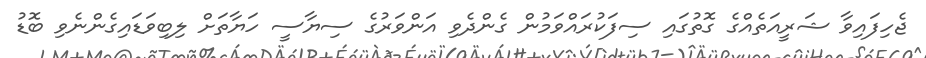
ޖެހިފައިވާ ޝަރީއަތެއްގެ ގޮތުގައި ސިފަކުރައްވަމުން ގެންދެވި އަންވަރުގެ ސިޔާސީ ހަޔާތަށް ލިބިވަޑައިގެންނެވި ބޮޑު